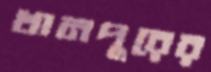
খানপুরের